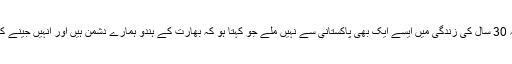
اس کے باوجو ہم گزشتہ 30 سال کی زندگی میں ایسے ایک بھی پاکستانی سے نہیں ملے جو کہتا ہو کہ بھارت کے ہندو ہمارے دشمن ہیں اور انہیں جینے کا کوئی حق حاصل نہیں۔